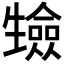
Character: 𭺷